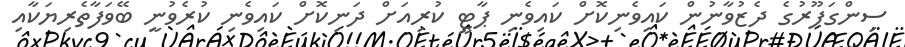
ސިންގަޕޫރުގެ ދެޒުވާނުން ކައިވެނިކޮށް ކައިވެނި ޕާޓީ ކުރިއަށް ދަނިކޮށް ކައިވެނި ކުރެވުނީ ބޭވަފާތެރިޔަކާއި